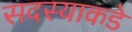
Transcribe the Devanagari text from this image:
सदस्याकडे